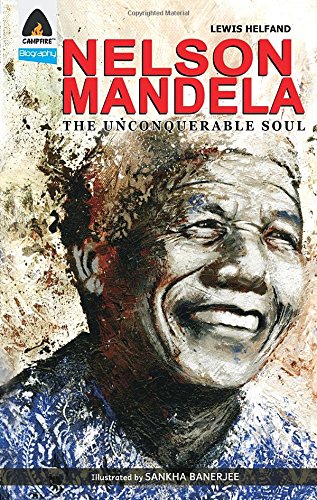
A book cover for Nelson Mandela: The Unconquerable Soul (Campfire Graphic Novels); Lewis Helfand; Children's Books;